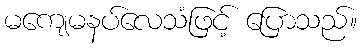
မကျေမနပ်လေသံဖြင့် ပြောသည်။